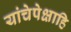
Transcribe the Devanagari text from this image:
यांचेपेक्षाहि